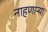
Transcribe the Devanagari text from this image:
नाहणाऱ्या